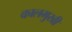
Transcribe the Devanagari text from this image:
कालमुखी